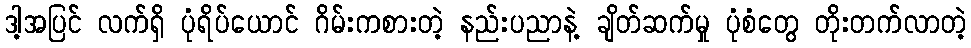
ဒါ့အပြင် လက်ရှိ ပုံရိပ်ယောင် ဂိမ်းကစားတဲ့ နည်းပညာနဲ့ ချိတ်ဆက်မှု ပုံစံတွေ တိုးတက်လာတဲ့